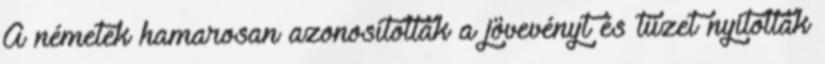
A németek hamarosan azonosították a jövevényt és tüzet nyitottak